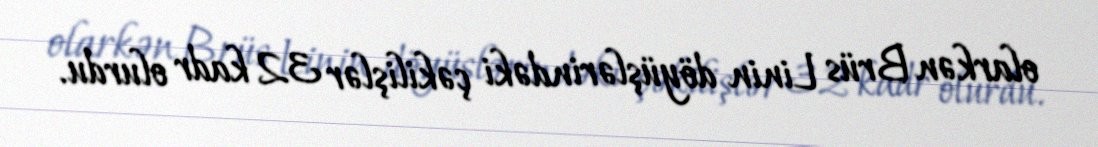
olarkən Brüs Linin döyüşlərindəki çəkilişlər 32 kadr olurdu.